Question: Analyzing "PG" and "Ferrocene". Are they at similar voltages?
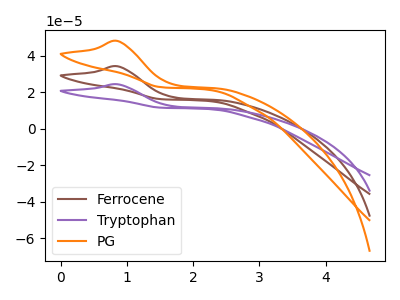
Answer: <think>The brown curve "Ferrocene" has an anodic peak at: (0.85V, 34.30uA). The purple curve "Tryptophan" has an anodic peak at: (0.85V, 68.60uA). The orange curve "PG" has an anodic peak at: (0.85V, 48.20uA).
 All the peaks in "PG" have a peak in "Ferrocene" at the same potential. Every peak in "PG" is higher than every peak in "Ferrocene".</think>
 <answer>"PG" and "Ferrocene" are similar in shape.</answer>
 <eval>same_shape</eval>